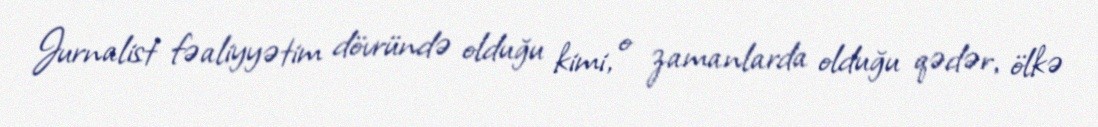
Jurnalist fəaliyyətim dövründə olduğu kimi, o zamanlarda olduğu qədər, ölkə